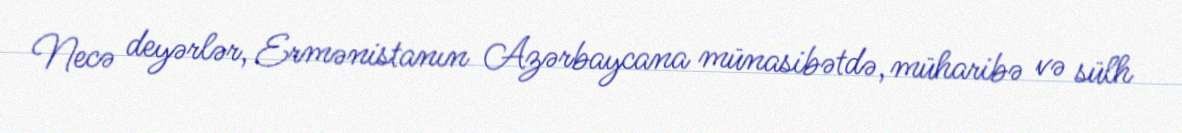
Necə deyərlər, Ermənistanın Azərbaycana münasibətdə, müharibə və sülh